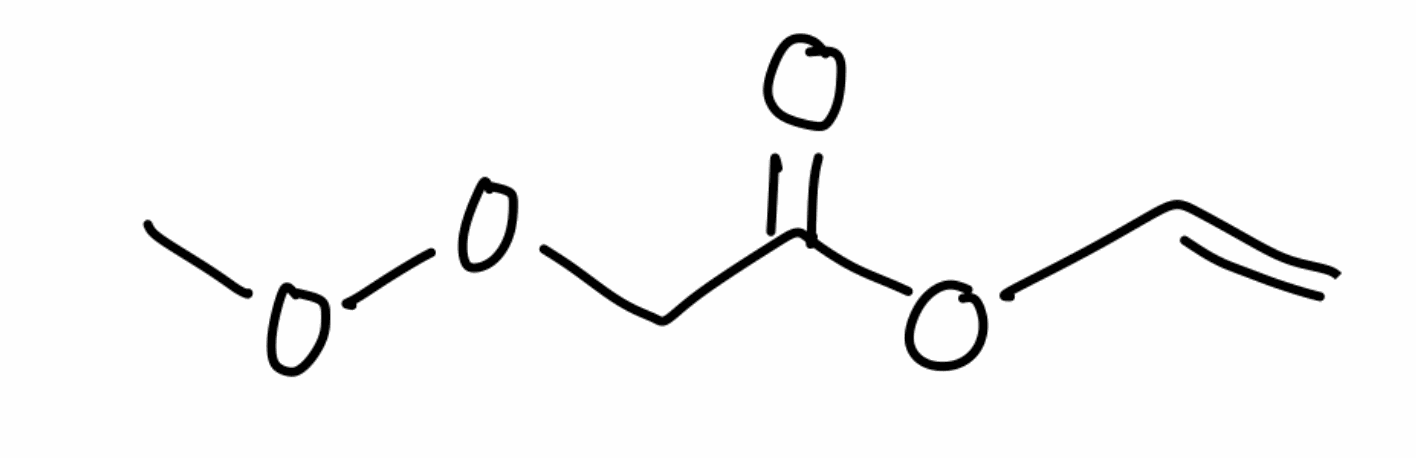
Simplified molecular-input line-entry system (SMILES) notation of the given molecule:
COOCC(=O)OC=C